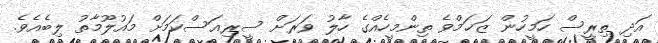
އަދި ތިރީސް ހަމީހުން ޒަޚަމްވެ ތިންމީހެއްގެ ހާލު ވަރަށް ސީރިއަސްކަމަށް މައުލޫމާތު ލިބެއެވެ.